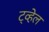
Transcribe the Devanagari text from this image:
ट्व्हेल